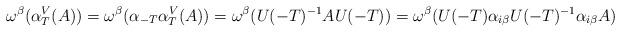
LaTeX: \begin{gather*}\omega^{\beta}(\alpha_T^V(A))=\omega^{\beta}(\alpha_{-T}\alpha_T^V(A))=\omega^{\beta}(U(-T)^{-1} A U(-T))=\omega^{\beta}( U(-T)\alpha_{i\beta}U(-T)^{-1} \alpha_{i\beta}A)\end{gather*}